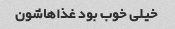
خیلی خوب بود غذاهاشون